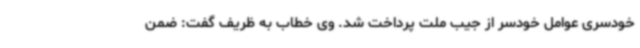
خودسری عوامل خودسر از جیب ملت پرداخت شد. وی خطاب به ظریف گفت: ضمن